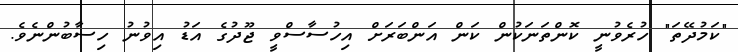
"ކަމުދޭތަ" ހުރެވުނީ ކޮންތަނަކުން ކަން އަންބަރަށް އިހުސާސްވީ ޖޫދުގެ އަޑު އިވުނު ހިސާބުންނެވެ.